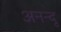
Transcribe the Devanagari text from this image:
अनन्‍दू